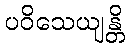
ပဝိသေယျန္တိ